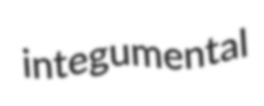
integumental